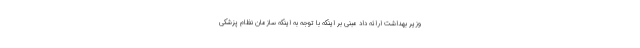
وزیر بهداشت ارائه داد مبنی بر اینکه با توجه به اینکه سازمان نظام پزشکی